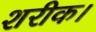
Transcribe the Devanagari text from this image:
शरीक।